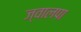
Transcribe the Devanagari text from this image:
ज्वालपा